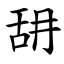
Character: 䑙